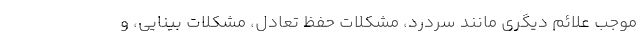
موجب علائم دیگری مانند سردرد، مشکلات حفظ تعادل، مشکلات بینایی، و